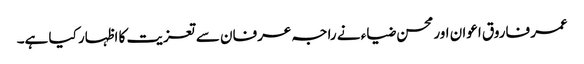
عمر فاروق اعوان اور محسن ضیاء نے راجہ عرفان سے تعزیت کا اظہار کیا ہے۔